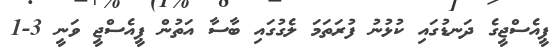
ޕީއެސްޖީގެ ދަނޑުގައި ކުޅުނު ފުރަތަމަ ލެގުގައި ބާސާ އަތުން ޕީއެސްޖީ ވަނީ 3-1